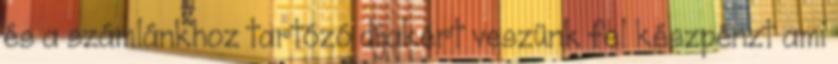
és a számlánkhoz tartózó díjakért veszünk fel készpénzt ami